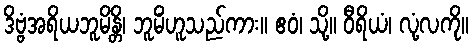
ဒိဗ္ဗံအရိယဘူမိန္တိ၊ ဘူမိံဟူသည်ကား။ ဧဝံ၊ သို့။ ဝီရိယံ၊ လုံ့လကို။